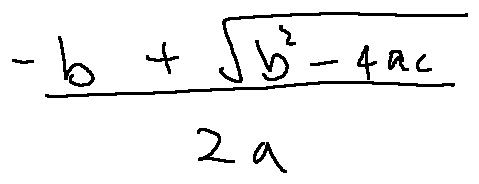
\frac { - b + \sqrt { b ^ { 2 } - 4 a c } } { 2 a }